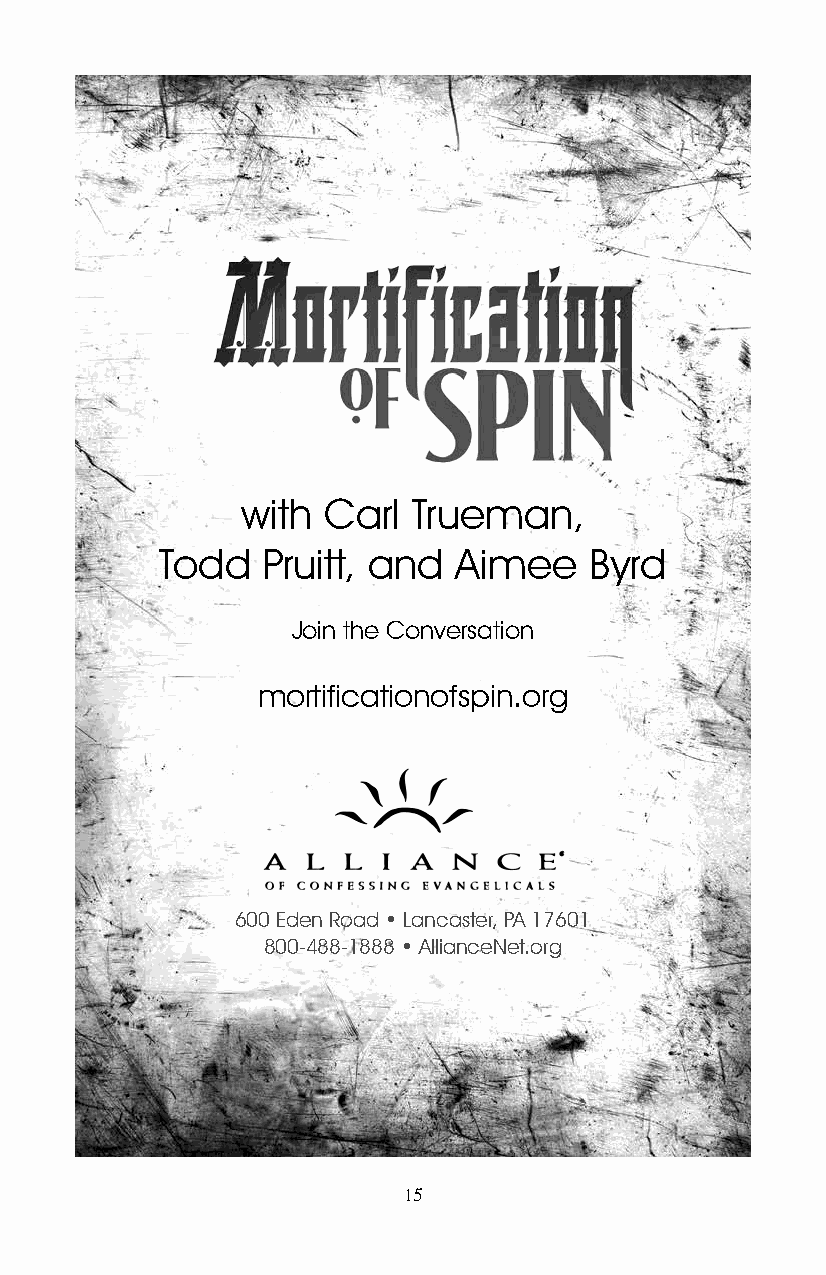
with Carl  Trueman,
 Todd  Pruitt, and  Aimee    Byrd
 Join the Conversation
 mortificationofspin.org
 600 Eden Road • Lancaster, PA 17601
 800-488-1888 • AllianceNet.org
 15